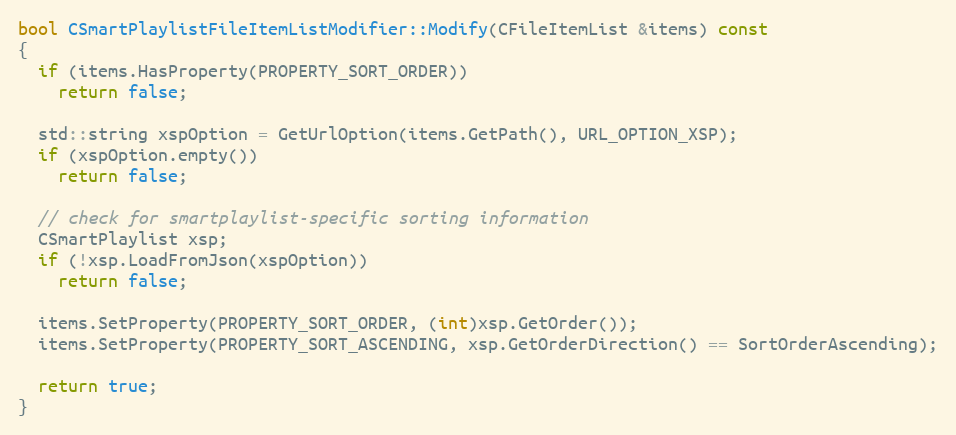
Language: C++
bool CSmartPlaylistFileItemListModifier::Modify(CFileItemList &items) const
{
  if (items.HasProperty(PROPERTY_SORT_ORDER))
    return false;

  std::string xspOption = GetUrlOption(items.GetPath(), URL_OPTION_XSP);
  if (xspOption.empty())
    return false;

  // check for smartplaylist-specific sorting information
  CSmartPlaylist xsp;
  if (!xsp.LoadFromJson(xspOption))
    return false;

  items.SetProperty(PROPERTY_SORT_ORDER, (int)xsp.GetOrder());
  items.SetProperty(PROPERTY_SORT_ASCENDING, xsp.GetOrderDirection() == SortOrderAscending);

  return true;
}